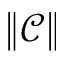
\| \mathcal C \|